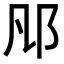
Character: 𨙮